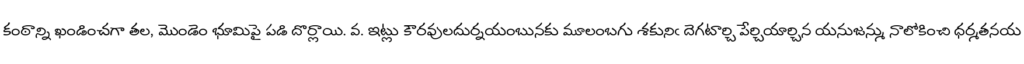
కంఠాన్ని ఖండించగా తల, మొండెం భూమిపై పడి దొర్లాయి. వ. ఇట్లు కౌరవులదుర్నయంబునకు మూలంబగు శకునిఁ దెగటార్చి పేర్చియార్చిన యనుజన్ము నాలోకించి ధర్మతనయ